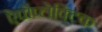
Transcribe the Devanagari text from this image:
ऐपोप्लेक्टिक